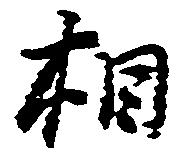
相